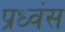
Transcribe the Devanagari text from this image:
प्रध्वंस